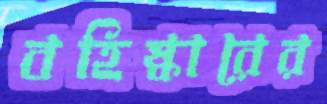
বহিষ্কারের